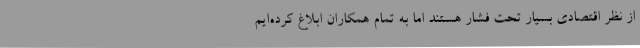
از نظر اقتصادی بسیار تحت فشار هستند اما به تمام همکاران ابلاغ کرده‌ایم